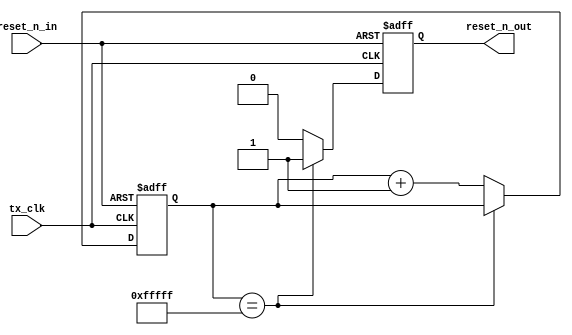
module gen_reset_n(
		tx_clk,
		reset_n_in,
		reset_n_out
	);

//=============================================================================
// PARAMETER declarations
//=============================================================================
parameter					ctr_width			=	20; // richard 16;	

//===========================================================================
// PORT declarations
//===========================================================================
input 						tx_clk;	
input						reset_n_in;
output						reset_n_out;
reg							reset_n_out;

//=============================================================================
// REG/WIRE declarations
//=============================================================================
reg		[ctr_width-1:0]		ctr;	// Reset counter

//=============================================================================
// Structural coding
//=============================================================================

always	@(posedge tx_clk or negedge reset_n_in)
begin
	if	(!reset_n_in)
	begin
		reset_n_out	<=	0;
		ctr			<=	0;
	end else begin
		if	(ctr == {ctr_width{1'b1}})
		begin
			reset_n_out	<=	1'b1; //Auto reset phy 1st time
		end else begin
			ctr	<=	ctr + 1;
			reset_n_out	<=	0;
		end
	end
end

endmodule